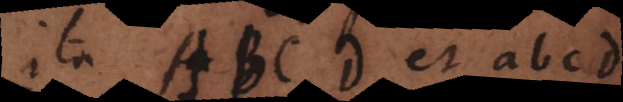
ita ABCD et abcd